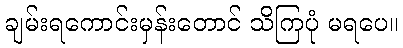
ချမ်းရကောင်းမှန်းတောင် သိကြပုံ မရပေ။